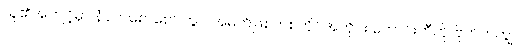
သူ၏အကျင့်မှာ နံနက်စောစော တွင် အမတ်ဖြစ်ကစတိုင်အတိုင်း တောင်းဘီတို၊ ဗိုက်ကကျွဲ၊